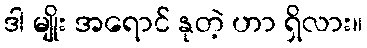
ဒါ မျိုး အရောင် နုတဲ့ ဟာ ရှိလား။